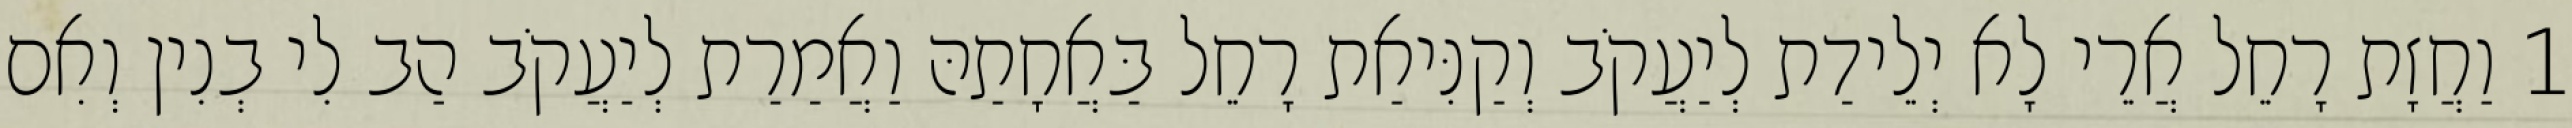
1 וַחֲזָת רָחֵל אֲרֵי לָא יְלֵידַת לְיַעֲקֹב וְקַנִּיאַת רָחֵל בַּאֲחָתַהּ וַאֲמַרַת לְיַעֲקֹב הַב לִי בְנִין וְאִם